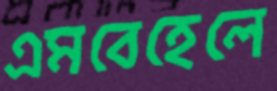
এমবেহেলে